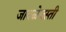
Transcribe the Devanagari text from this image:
जावळेवस्ती